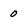
Character: 0